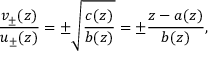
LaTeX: \frac { v _ { \pm } ( z ) } { u _ { \pm } ( z ) } = \pm \sqrt { \frac { c ( z ) } { b ( z ) } } = \pm \frac { z - a ( z ) } { b ( z ) } ,